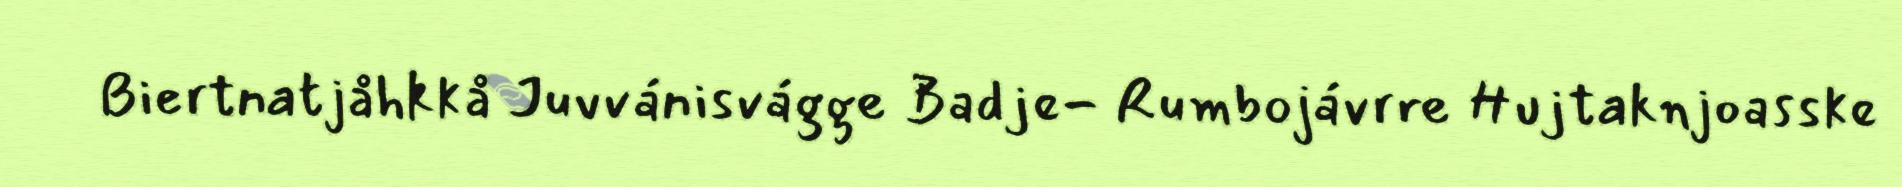
Biertnatjåhkkå Juvvánisvágge Badje- Rumbojávrre Hujtaknjoasske